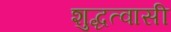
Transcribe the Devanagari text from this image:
शुद्धत्वासी